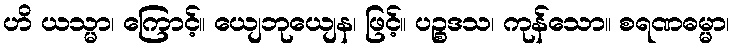
ဟိ ယသ္မာ၊ ကြောင့်။ ယျေဘုယျေန၊ ဖြင့်။ ပဉ္စဒသ၊ ကုန်သော။ စရဏဓမ္မာ၊